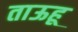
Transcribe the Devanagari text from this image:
ताऊहू